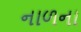
નાળના